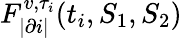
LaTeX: F_{|\partial i|}^{v,\tau_{i}}(t_{i},S_{1},S_{2})